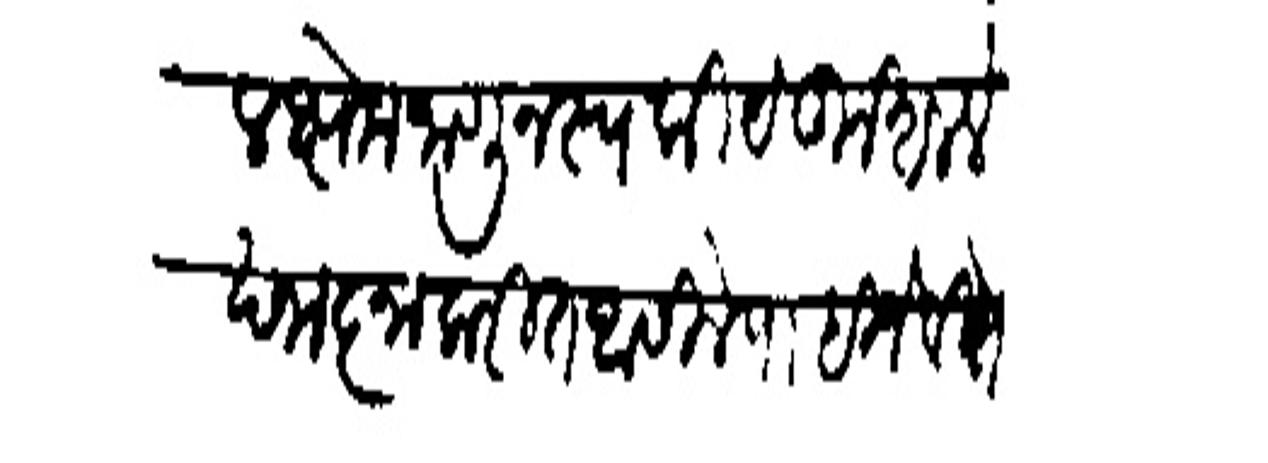
Transliteration (Devanagari): येथील क्षेम जाणून स्वकीये कुशल लेखानाज्ञा करीत आसिले पाहिजे विशी